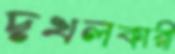
দখলকারী